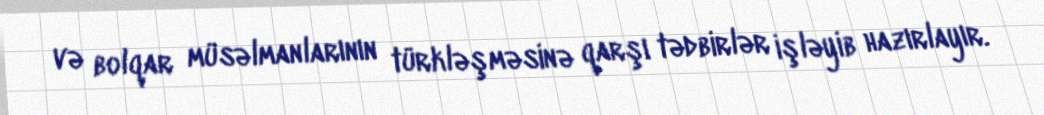
və bolqar müsəlmanlarının türkləşməsinə qarşı tədbirlər işləyib hazırlayır.